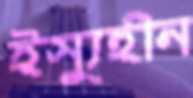
ইস্যুহীন